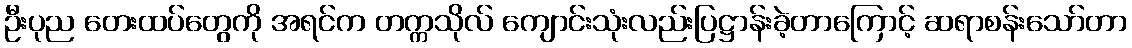
ဦးပုည တေးထပ်တွေကို အရင်က တက္ကသိုလ် ကျောင်းသုံးလည်းပြဋ္ဌာန်းခဲ့တာကြောင့် ဆရာစန်းသော်တာ